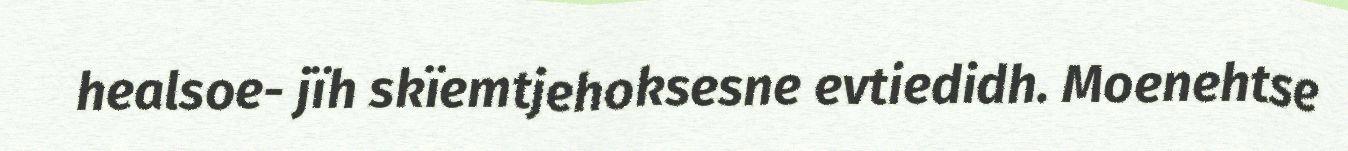
healsoe- jïh skïemtjehoksesne evtiedidh. Moenehtse